65_HS1-834228961_62-HQ-83894_Section_2
Agency: FBI
Page 164
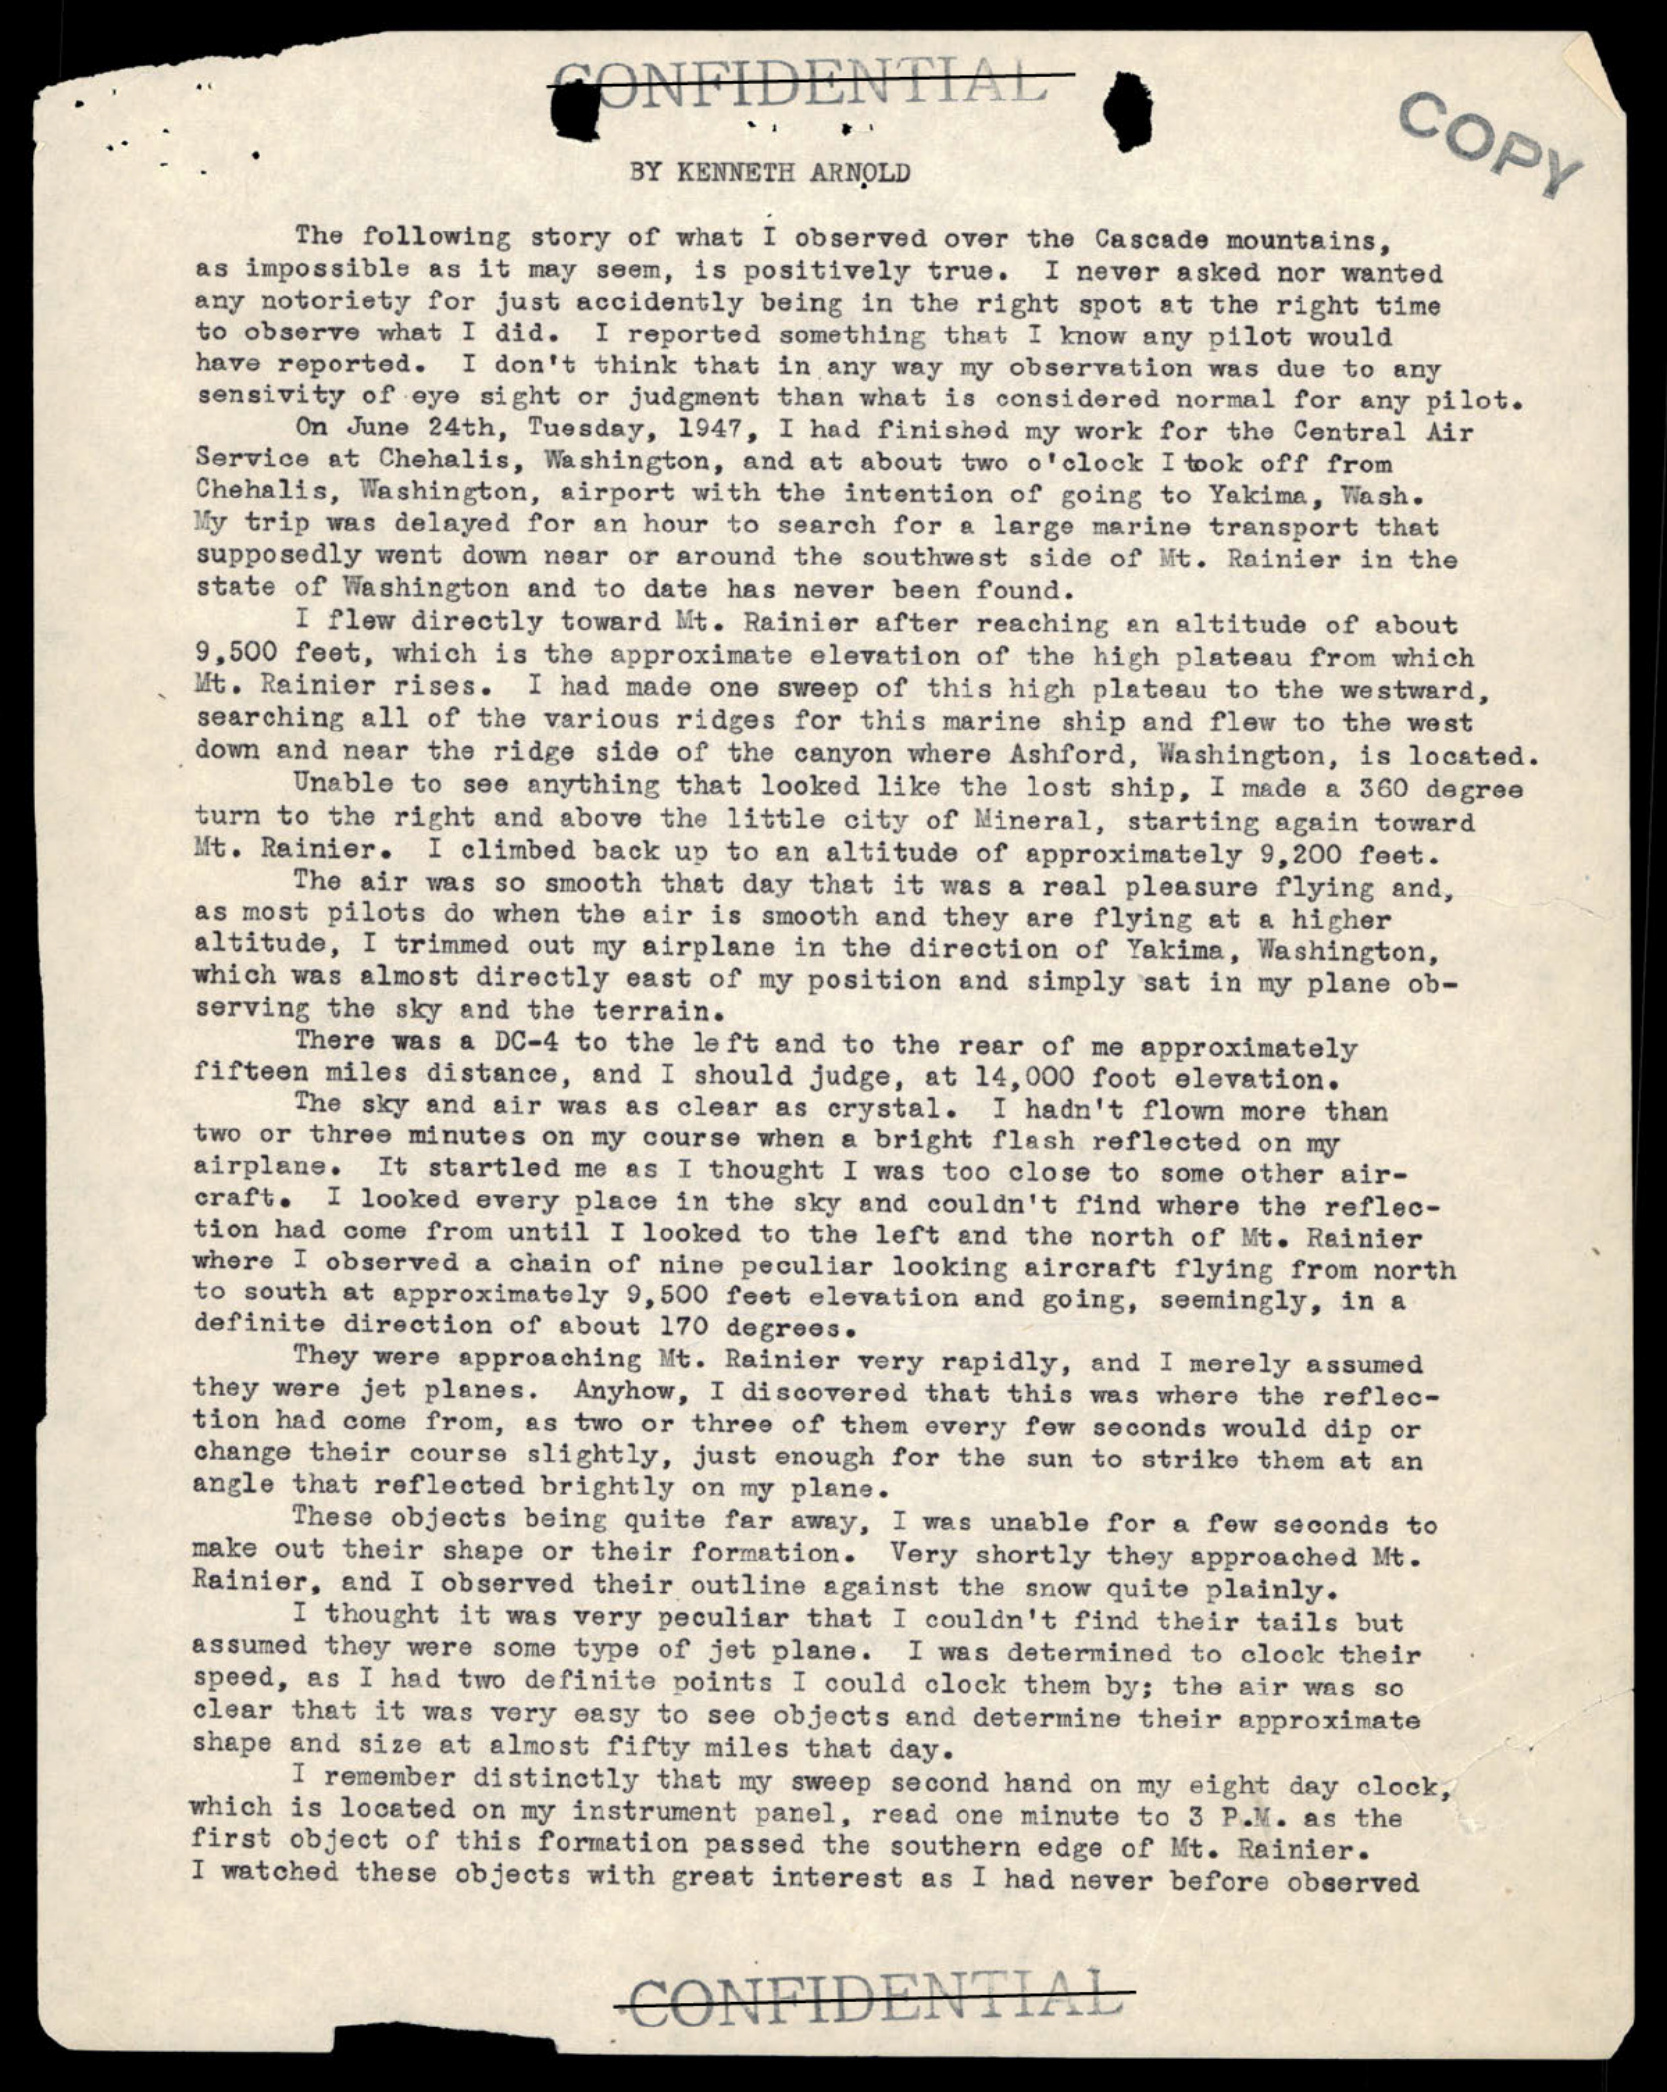